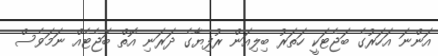
އަންނަ އަހަރުގެ ބަޖެޓަކީ ހަތަރު ބިލިއަން ރުފިޔާގެ ދަރަނި އޮތް ބަޖެޓެއް ނަމަވެސް